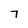
Character: 7